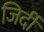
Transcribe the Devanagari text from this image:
जिर्दी